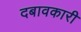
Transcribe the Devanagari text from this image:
दबावकारी